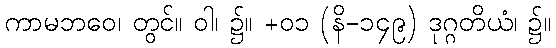
ကာမဘဝေ၊ တွင်။ ဝါ၊ ၌။ +၀၁ (နိ-၁၄၉) ဒုဂ္ဂတိယံ၊ ၌။